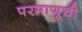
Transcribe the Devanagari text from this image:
परमाणूची